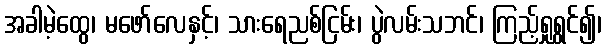
အခါမဲ့ထွေ၊ မဖော်လေနှင့်၊ သားရေညစ်ငြမ်း၊ ပွဲလမ်းသဘင်၊ ကြည့်ရှုရွှင်၍၊